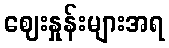
ဈေးနှုန်းများအရ